Indian journal of veterinary science and animal husbandry - Volumes 22-23, 1952-1953
Year: 1952
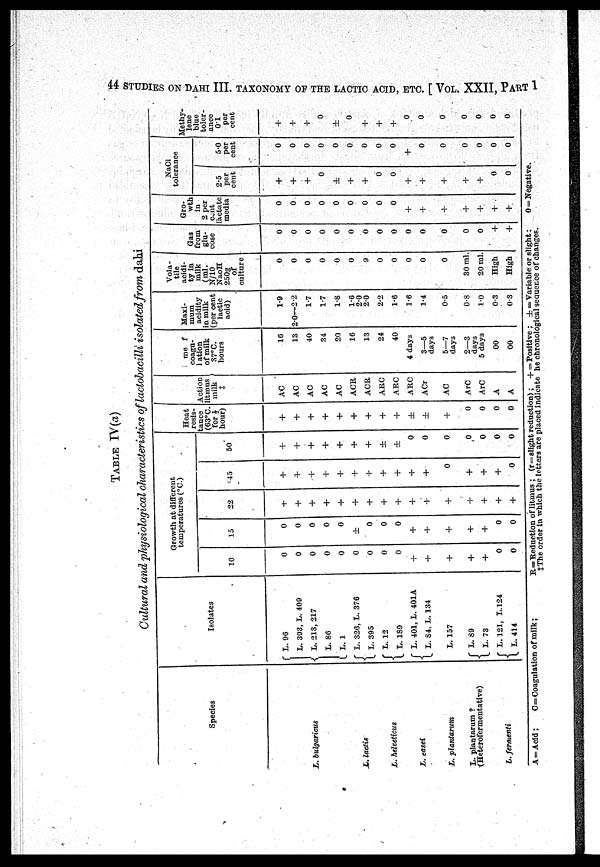
44 STUDIES ON DAHI III. TAXONOMY OP THE LACTIC ACID, ETC. [VOL. XXII, PART 1
TABLE IV(a)
Cultural and physiological characteristics of lactobacilli isolated from dahi
Species
L. bulgaricus
L. lactis
L. helveticus
L. casei
L. planlarum
L. plantarum?
(Heterofermentative)
L. fermenti
Isolates
L. 96
L. 393, L. 409
L. 213, 217
L. 86
L. 1
L. 326, L. 376
L. 395
L. 12
L. 189
L. 401, L. 401A
L. 84, L. 134
L. 157
L. 89
L. 73
L. 121, L. 124
L. 414
Growth at different
temperatures (°C.)
10
0
0
0
0
0
0
0
0
0
+
+
+
+
+
0
0
15
0
0
0
0
0
±
0
0
0
+
+
+
+
+
0
0
22
+
+
+
+
+
+
+
+
+
+
+
+
+
+
+
+
45
+
+
+
+
+
+
+
+
+
+
+
0
+
+
+
0
50
+
+
+
+
+
+
+
±
±
0
0
0
0
0
0
0
Heat
resis-
tance
(63°C.
for½
hour)
+
+
+
+
+
+
+
+
+
±
±
+
0
0
0
0
Action
litmus
milk
‡
AC
AC
AC
AC
AC
ACE,
ACR
ARC
ARC
ARC
ACr
AC
ArC
ArC
A
A
me f
coagu-
ation
of milk
87°C.
hours
16
13
40
34
20
16
13
24
40
4 days
3—5
days
5—7
days
2—3
days
5 days
00
00
Maxi-
mum
acidity
in milk
(per cent
lactic
acid)
1.9
2.0—2.2
1.7
1.7
1.8
1.6
2.0
20
2.2
1.6
1.6
1.4
0.5
0.8
10
0.3
0.3
Vola-
tile
acidi-
ty in
milk
(ml.
N/10
NaoH
250g
of
culture
0
0
0
0
0
0
9
0
0
0
0
0
30 ml.
20 ml.
High
High
Gas
from
glu-
cose
0
0
0
0
0
0
0
0
0
0
0
0
0
0
+
+
Gro-
wth
in
2 per
cent
lactate
media
0
0
0
0
0
0
0
0
0
+
+
+
+
+
+
+
NaCl
tolerance
2.5
per
cent
+
+
+
0
±
+
+
0
0
+
+
+
+
+
0
0
5.0
per
cent
0
0
0
0
0
0
0
0
0
+
0
0
0
0
0
0
Methy-
lene
blue
toler-
ance
0.1
per
cent
+
+
+
0
±
0
+
+
+
0
0
0
0
0
0
0
A=Acid;
C=Coagulation of milk;
R=Tteduction of litmus; (r=slight reduction); +=Positive: ±=Variable or slight;
0=Negative.
‡The order in which the letters are placed indicate he chronological sequence of changes.